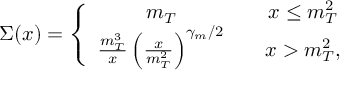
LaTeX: \Sigma ( x ) = \left\{ \begin{array} { c c } { { m _ { T } } } & { { \quad x \leq m _ { T } ^ { 2 } } } \\ { { { \frac { m _ { T } ^ { 3 } } { x } } \left( { \frac { x } { m _ { T } ^ { 2 } } } \right) ^ { \gamma _ { m } / 2 } } } & { { \quad x > m _ { T } ^ { 2 } , } } \end{array} \right.